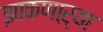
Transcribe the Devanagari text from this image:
झाकणाऱ्या